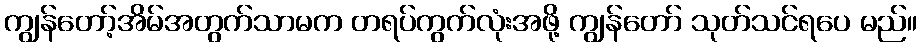
ကျွန်တော့်အိမ်အတွက်သာမက တရပ်ကွက်လုံးအဖို့ ကျွန်တော် သုတ်သင်ရပေ မည်။